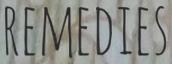
REMEDIES